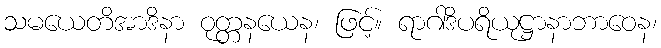
သမယေတိအာဒိနာ ဝုတ္တနယေန၊ ဖြင့်။ ရာဂါဒိပရိယုဋ္ဌာနာဘာဝေန၊